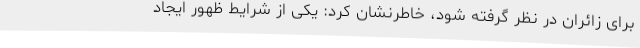
برای زائران در نظر گرفته شود، خاطرنشان کرد: یکی از شرایط ظهور ایجاد